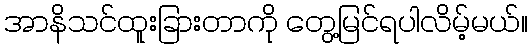
အာနိသင်ထူးခြားတာကို တွေ့မြင်ရပါလိမ့်မယ်။